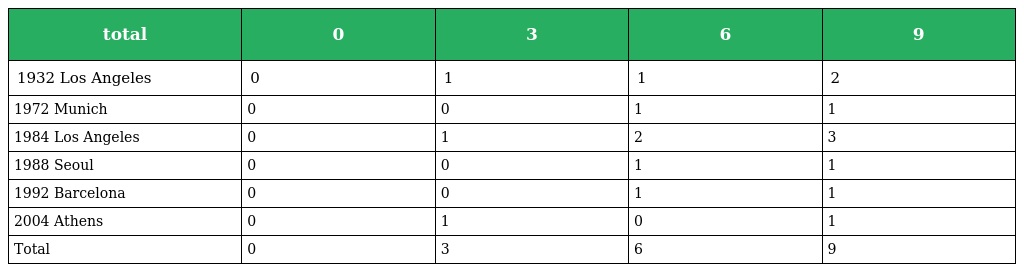
| total | 0 | 3 | 6 | 9 |
 | --- | --- | --- | --- | --- |
 | 1932 Los Angeles | 0 | 1 | 1 | 2 |
 | 1972 Munich | 0 | 0 | 1 | 1 |
 | 1984 Los Angeles | 0 | 1 | 2 | 3 |
 | 1988 Seoul | 0 | 0 | 1 | 1 |
 | 1992 Barcelona | 0 | 0 | 1 | 1 |
 | 2004 Athens | 0 | 1 | 0 | 1 |
 | Total | 0 | 3 | 6 | 9 |